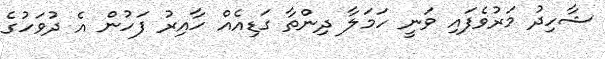
ޝާހިދު މަރުވެފައި ވަނީ ހަމަލާ ދިންތާ ގަޑިއެއް ހާއިރު ފަހުން އެ ދުވަހުގެ